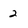
Character: 2